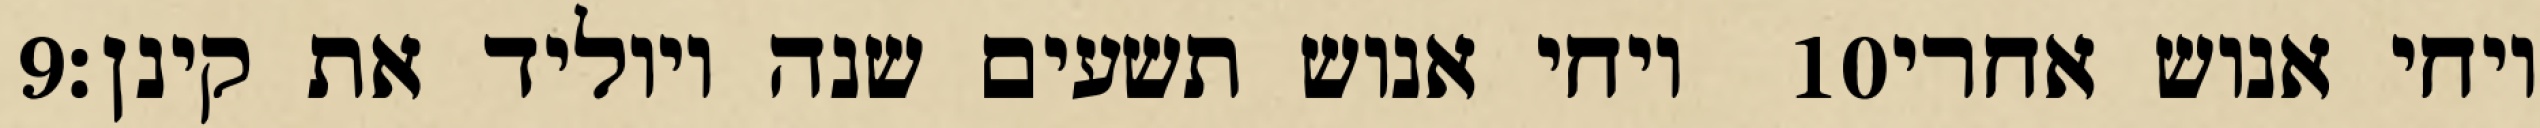
‎9‏ ויחי אנוש תשעים שנה ויוליד את קינן׃ ‎10‏ ויחי אנוש אחרי